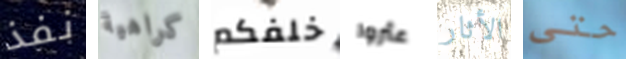
نفذ كراهية خلفكم عثروا الأثار حتى